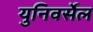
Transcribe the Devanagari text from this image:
युनिवर्सेल